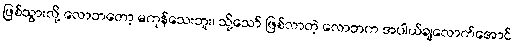
ဖြစ်သွားလို့ လောဘတော့ မကုန်သေးဘူး၊ သို့သော် ဖြစ်လာတဲ့ လောဘက အပါယ်ချလောက်အောင်